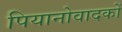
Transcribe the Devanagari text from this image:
पियानोवादकों